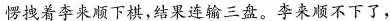
愣拽着李来顺下棋，结果连输三盘。李来顺不下了，